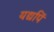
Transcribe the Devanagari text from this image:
यद्यपिं